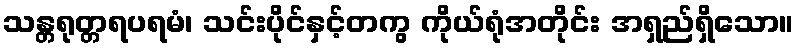
သန္တရုတ္တရပရမံ၊ သင်းပိုင်နှင့်တကွ ကိုယ်ရုံအတိုင်း အရှည်ရှိသော။